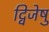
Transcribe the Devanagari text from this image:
द्विजेषु